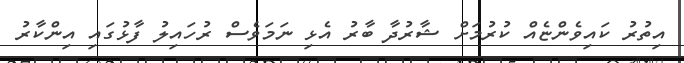
އިތުރު ކައިވެންޏެއް ކުރުމަށް ޝާރުދާ ބާރު އެޅި ނަމަވެސް ރުހައިލު ފާޅުގައި އިންކާރު